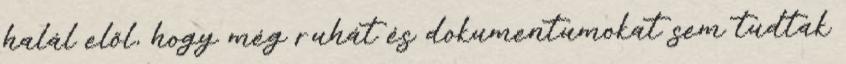
halál elől, hogy még ruhát és dokumentumokat sem tudtak